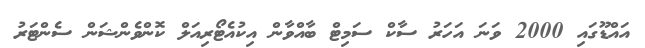
އައްޑޫގައި 2000 ވަނަ އަހަރު ސާކް ސަމިޓް ބާއްވާން އިކުއެޓޯރިއަލް ކޮންވެންޝަން ސެންޓަރު